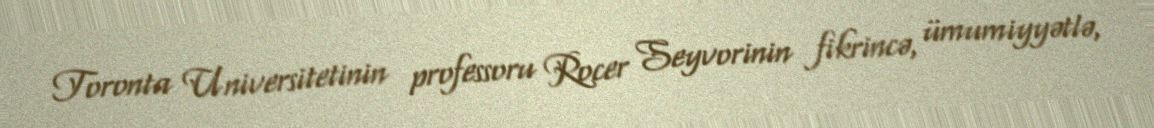
Toronta Universitetinin professoru Rocer Seyvorinin fikrincə, ümumiyyətlə,